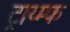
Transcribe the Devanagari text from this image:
ट्राय्म्फ